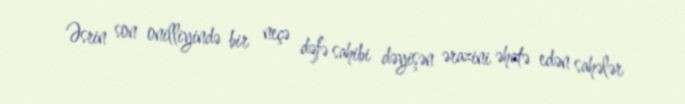
Əsrin son onilliyində bir neçə dəfə sahibi dəyişən ərazini əhatə edən sahələr